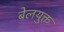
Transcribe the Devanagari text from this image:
बेलयुक्त